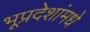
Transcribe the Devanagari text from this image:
भूप्रदेशांमधे